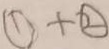
\textcircled { 1 } + \textcircled { 2 }